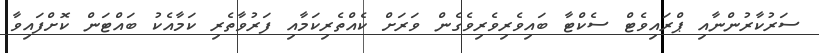
ސަރުކާރުންނާއި ޕްރައިވެޓް ސެކްޓާ ބައިވެރިވެރިވެގެން ވަރަށް ކެއްތެރިކަމާއި ފަރުވާތެރި ކަމާއެކު ބައްޓަން ކޮށްފައިވާ